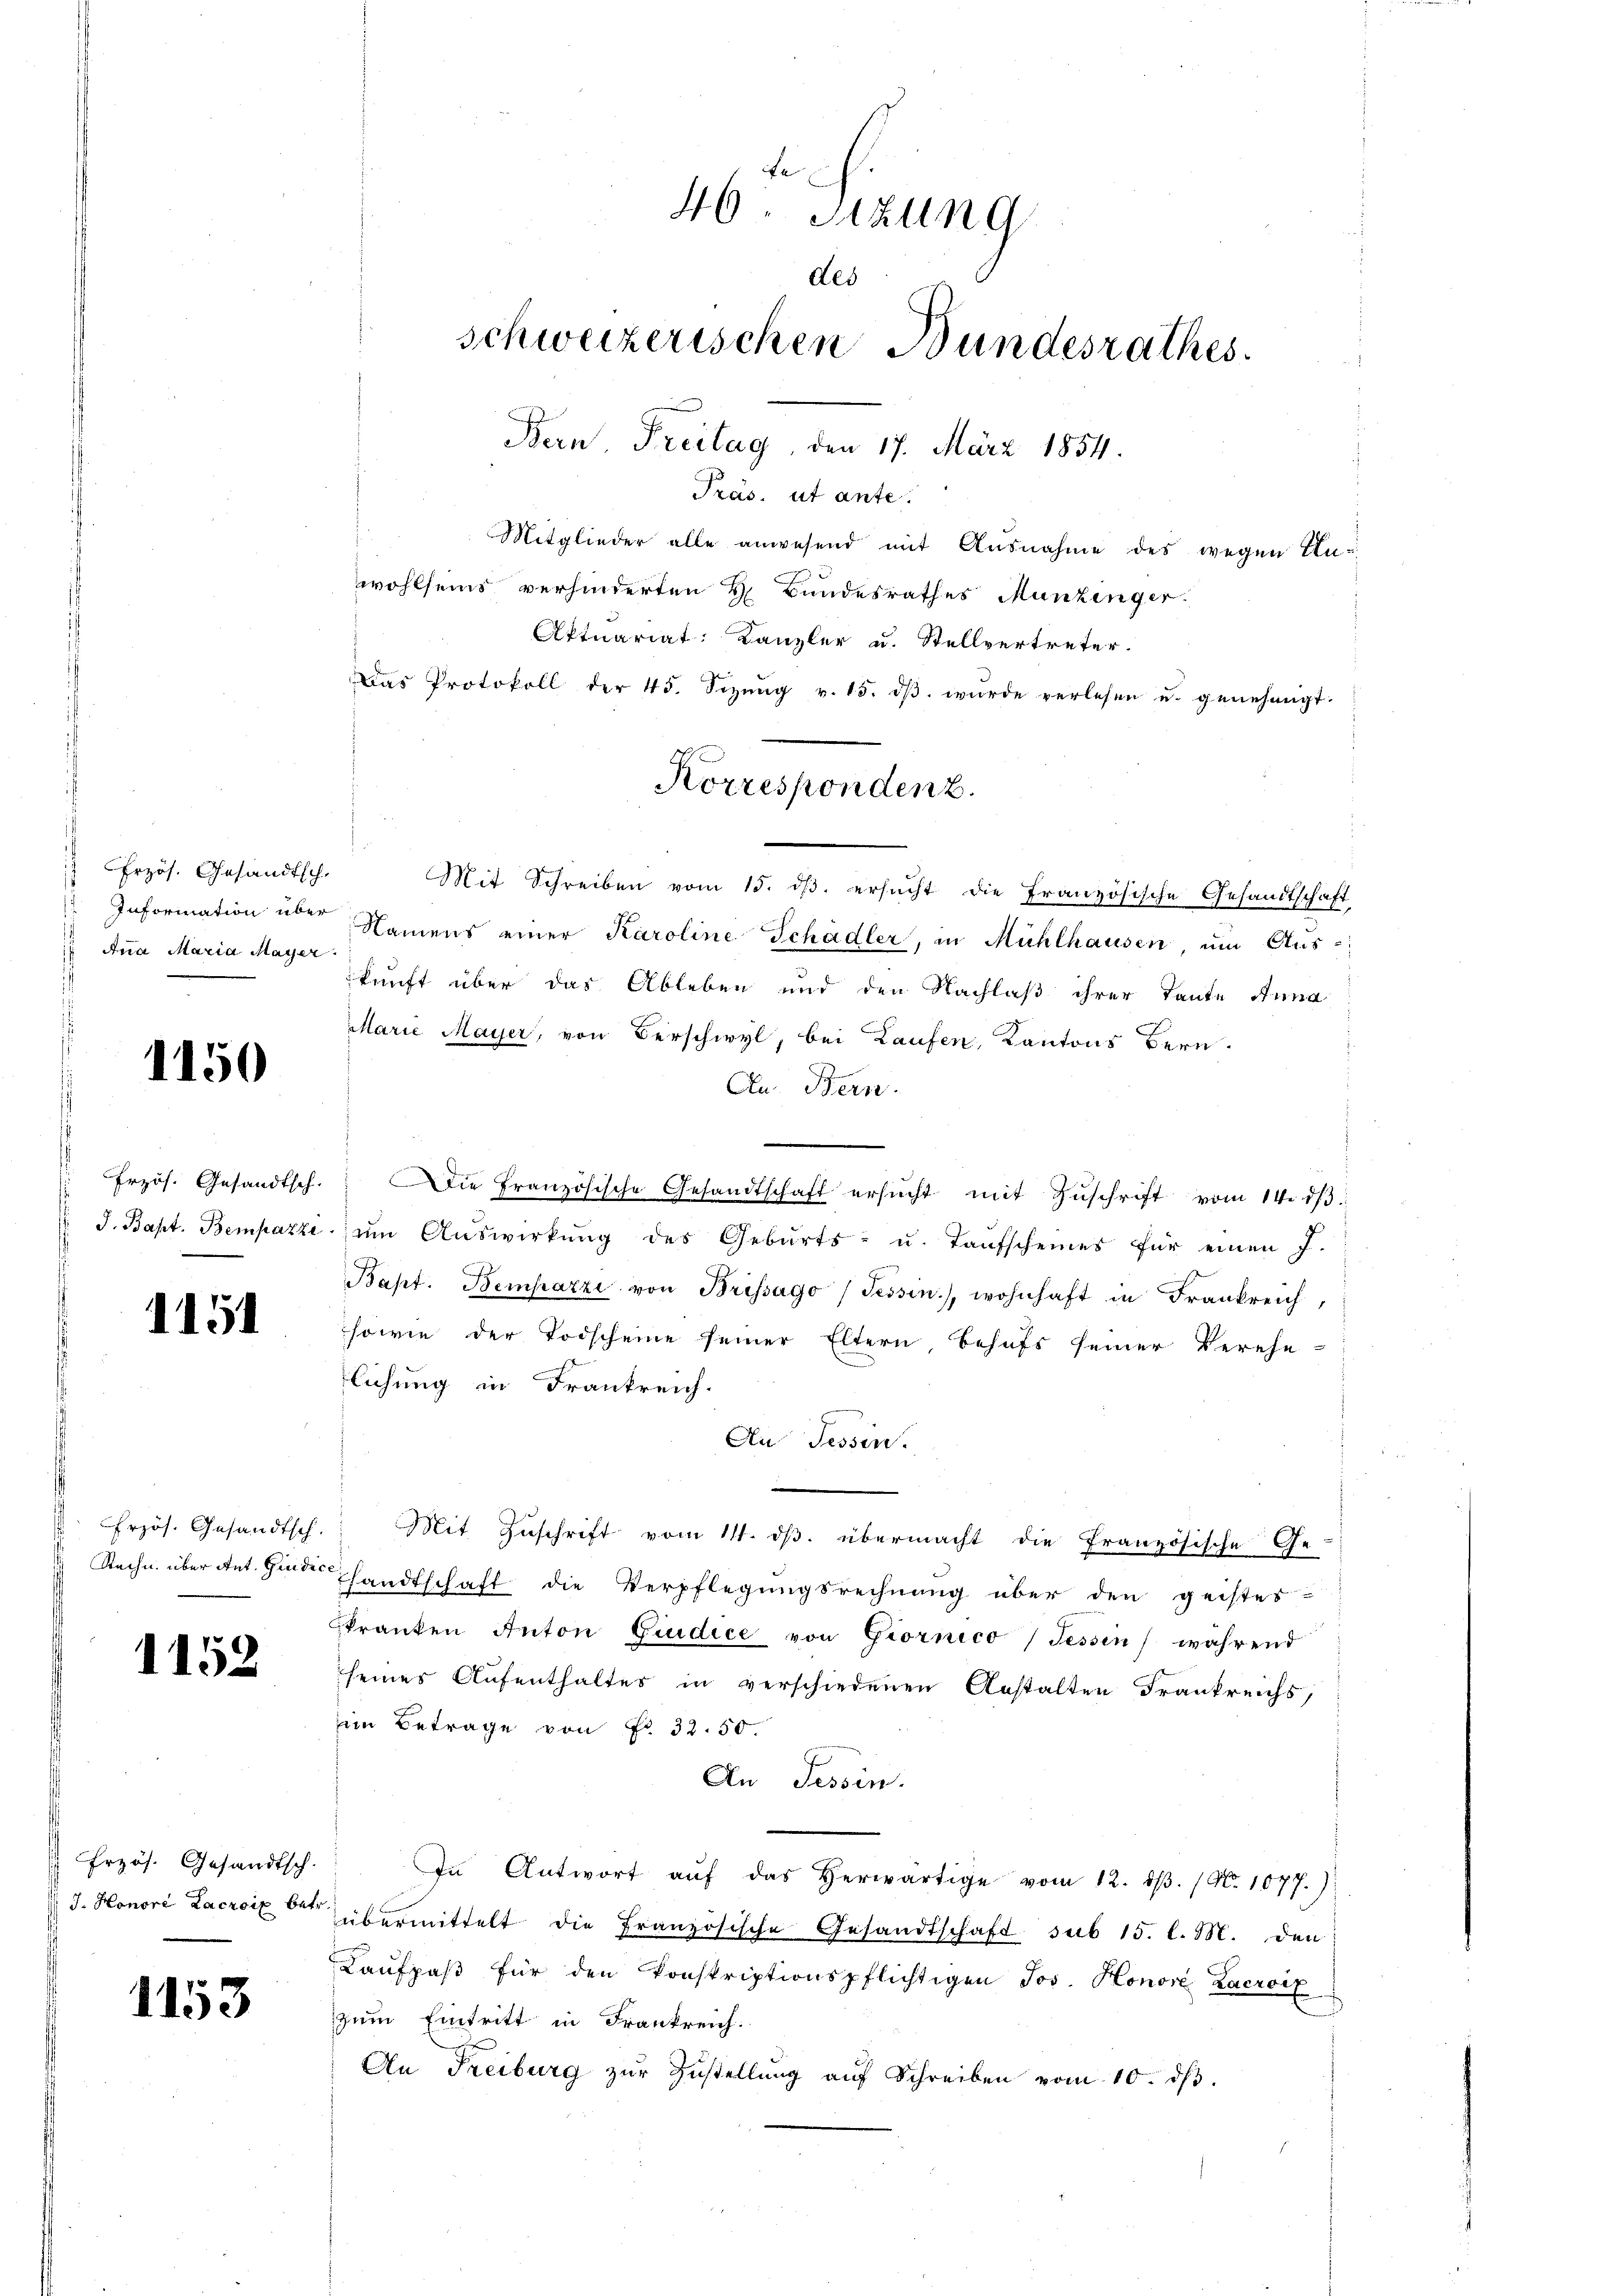
Erzös. Gesandtsch.
 Information über
.
Ana Maria Mayer

1150

Erzös. Gesandtsch.
 J. Bapt. Bempazze

1151

rzös. Gesandtsch.
Rechn über Ant. Gindic.

1152

Przös. Gesandtsch.
J. Honore Lacroix betr.

1153

fe
46. Sizung
des
schweizerischen Bundesrathes.
Bern, Freitag, den 17. März 1854.
Präs. ut ante.

Mitglieder alle anwesend mit Ausnahme des wegen Unwohlseins verhinderten H. Bundesrathes Munzinger.
Aktuariat: Kanzler u. Stellvertreter.
Das Protokoll der 45. Sizŭng v. 15. dβ wŭrde verlesen u. genehmigt.
Mit Schreiben vom 15. dβ ersucht die französische Gesandtschaft
Namens einer Karoline Schadler, in Mühlhausen, um Aus-
kunft über das Ableben und den Nachlaß ihrer Tante Anna
Marie Mayer, von Verschwyl, bei Laufen, Kantons Bern.
Au Bern.
Die Französische Gesandtschaft ersŭcht mit Zŭschrift vom 14. dβ
ŭm Aŭswirkŭng des Geburts- u. Taufscheines für einen J.
Bapt. Bemhazzi von Brissago (Tessin.), wohnhaft in Frankreich,
sowie der Todscheine seiner Eltern behufs seiner Verehe-
lichung in Frankreich.
An Tessin.
Mit Zuschrift vom 11. ds. übermacht die Französische Ge-
handtschaft die Verpflegungsrechnung über den geistes-
Franken Anton Giudice von Giornico (Tessin, während
seines Aufenthalter in verschiedenen Anstalten Frankreichs,
m Betrage von Nr. 32. 50.
An Tessin.
In Antwort aŭf das herwärtige vom 12. dβ. (N. 1077.)
übermittelt die Französische Gesandtschaft sub 15. l. M. den
Kaŭfpaβ für den konskriptionspflichtigen Jos. Honore Lacroix
zum Eintritt in Frankreich.
An Freiburg zŭr Zustellŭng aŭf Schreiben vom 10. dβ.

Korrespondenz.